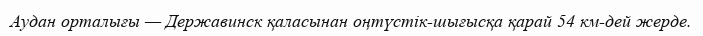
Аудан орталығы — Державинск қаласынан оңтүстік-шығысқа қарай 54 км-дей жерде.